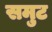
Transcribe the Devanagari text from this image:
समुट